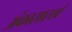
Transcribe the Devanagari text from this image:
अंकासारखे